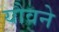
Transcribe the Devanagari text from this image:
यौवने